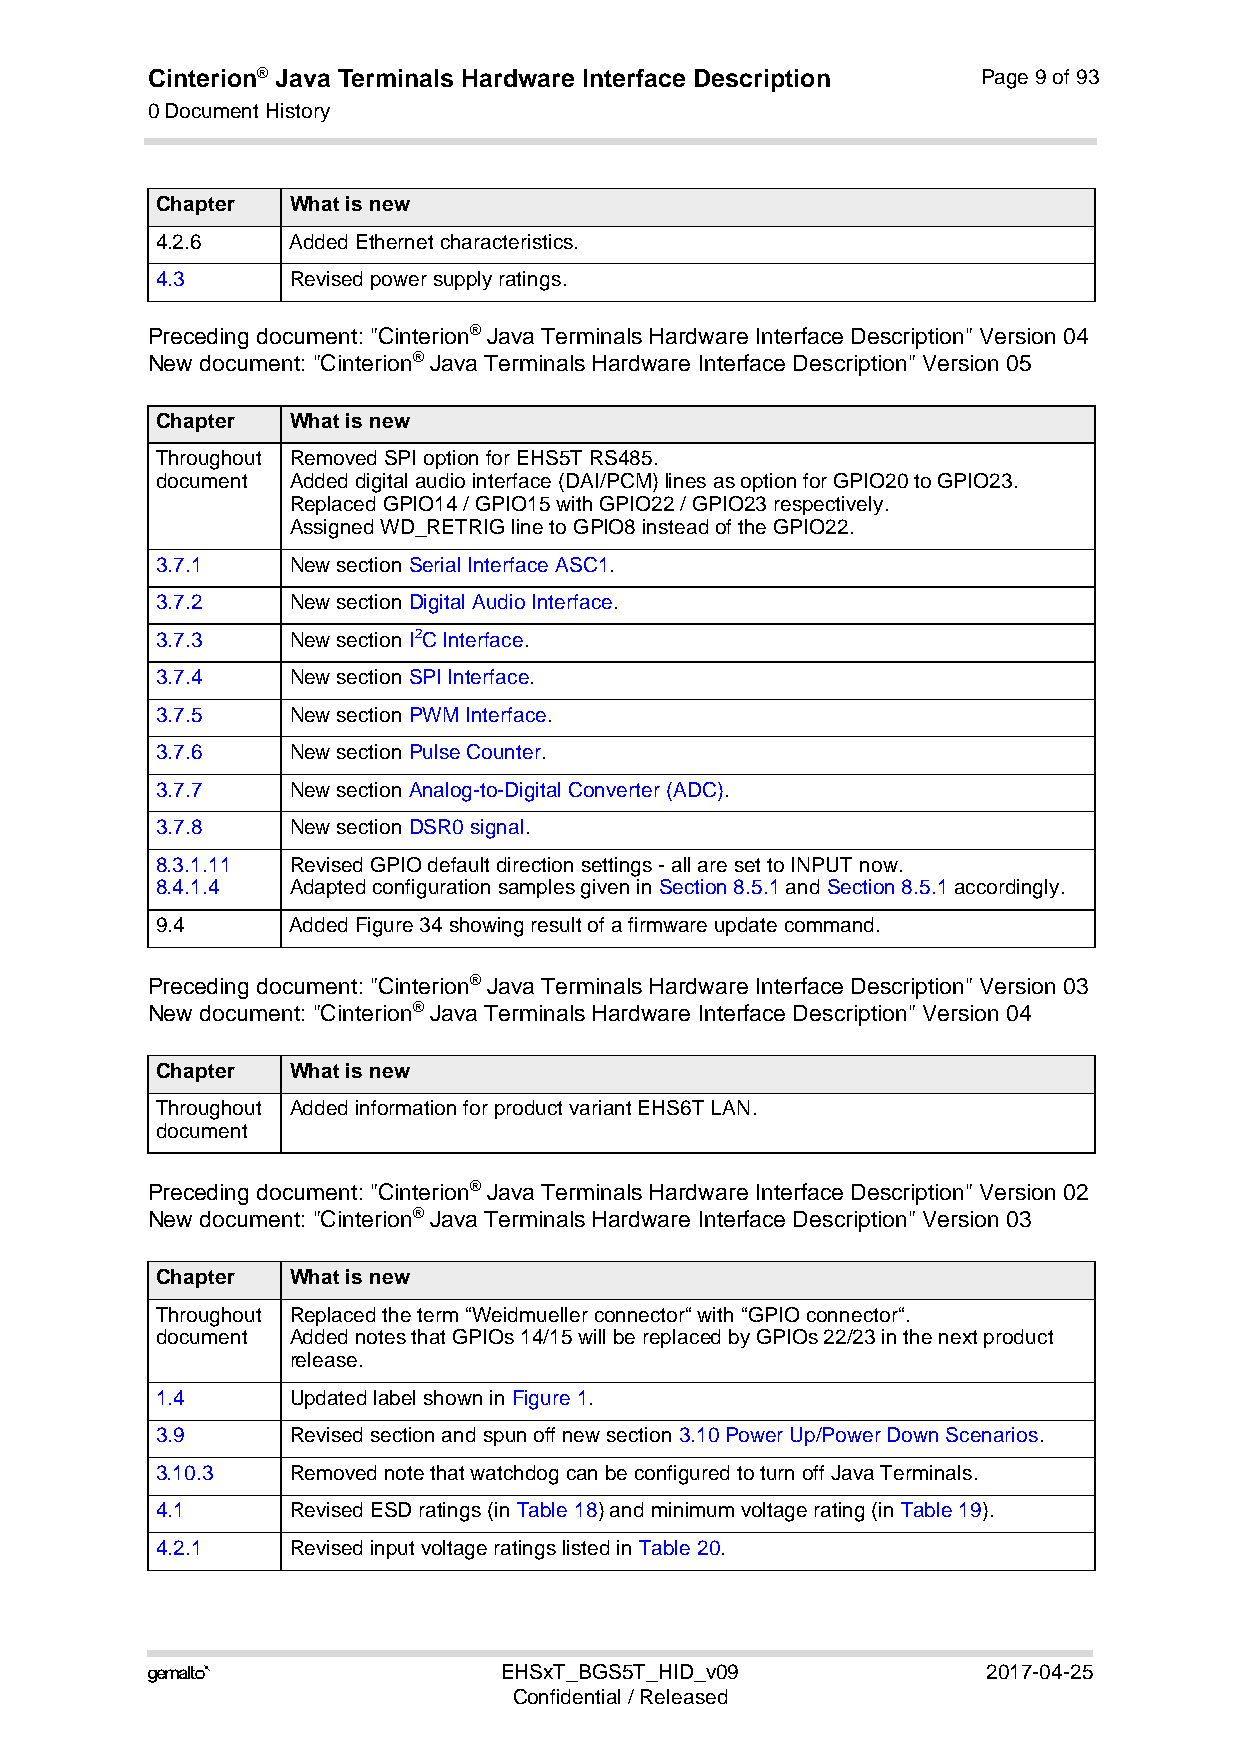
Cinterion® Java Terminals Hardware Interface Description Page 9 of 93
 0 Document History
 10
 Chapter  What is new
 4.2.6    Added Ethernet characteristics.
 4.3      Revised power supply ratings.
 Preceding document: "Cinterion® Java Terminals Hardware Interface Description" Version 04
 New document: "Cinterion® Java Terminals Hardware Interface Description" Version 05
 Chapter  What is new
 Throughout Removed SPI option for EHS5T RS485.
 document Added digital audio interface (DAI/PCM) lines as option for GPIO20 to GPIO23.
 Replaced GPIO14 / GPIO15 with GPIO22 / GPIO23 respectively.
 Assigned WD_RETRIG line to GPIO8 instead of the GPIO22.
 3.7.1    New section Serial Interface ASC1.
 3.7.2    New section Digital Audio Interface.
 3.7.3    New section I2C Interface.
 3.7.4    New section SPI Interface.
 3.7.5    New section PWM Interface.
 3.7.6    New section Pulse Counter.
 3.7.7    New section Analog-to-Digital Converter (ADC).
 3.7.8    New section DSR0 signal.
 8.3.1.11 Revised GPIO default direction settings - all are set to INPUT now.
 8.4.1.4  Adapted configuration samples given in Section 8.5.1 and Section 8.5.1 accordingly.
 9.4      Added Figure 34 showing result of a firmware update command.
 Preceding document: "Cinterion® Java Terminals Hardware Interface Description" Version 03
 New document: "Cinterion® Java Terminals Hardware Interface Description" Version 04
 Chapter  What is new
 Throughout Added information for product variant EHS6T LAN.
 document
 Preceding document: "Cinterion® Java Terminals Hardware Interface Description" Version 02
 New document: "Cinterion® Java Terminals Hardware Interface Description" Version 03
 Chapter  What is new
 Throughout Replaced the term “Weidmueller connector“ with “GPIO connector“.
 document Added notes that GPIOs 14/15 will be replaced by GPIOs 22/23 in the next product
 release.
 1.4      Updated label shown in Figure 1.
 3.9      Revised section and spun off new section 3.10 Power Up/Power Down Scenarios.
 3.10.3   Removed note that watchdog can be configured to turn off Java Terminals.
 4.1      Revised ESD ratings (in Table 18) and minimum voltage rating (in Table 19).
 4.2.1    Revised input voltage ratings listed in Table 20.
                       EHSxT_BGS5T_HID_v09             2017-04-25
 Confidential / Released